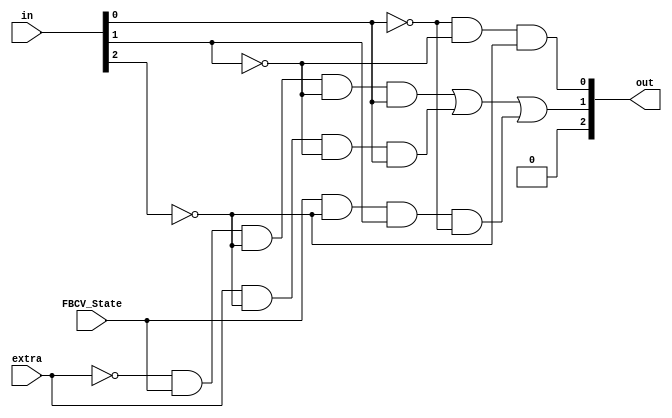
module FBCV_COMBLOGSTATE_VERILOG
(
input [2:0] in,
input extra,
input FBCV_State,
output [2:0] out
);
assign out[0]= ~in[0] & ~in[1] & ~in[2];
assign out[1]= (~extra & FBCV_State & ~in[2] & ~in[1] & in[0]) | (extra & ~in[2] & ~in[1] & in[0]) | (FBCV_State & ~in[2] & in[1] & ~in[0]) ;
assign out[2]=0;
endmodule